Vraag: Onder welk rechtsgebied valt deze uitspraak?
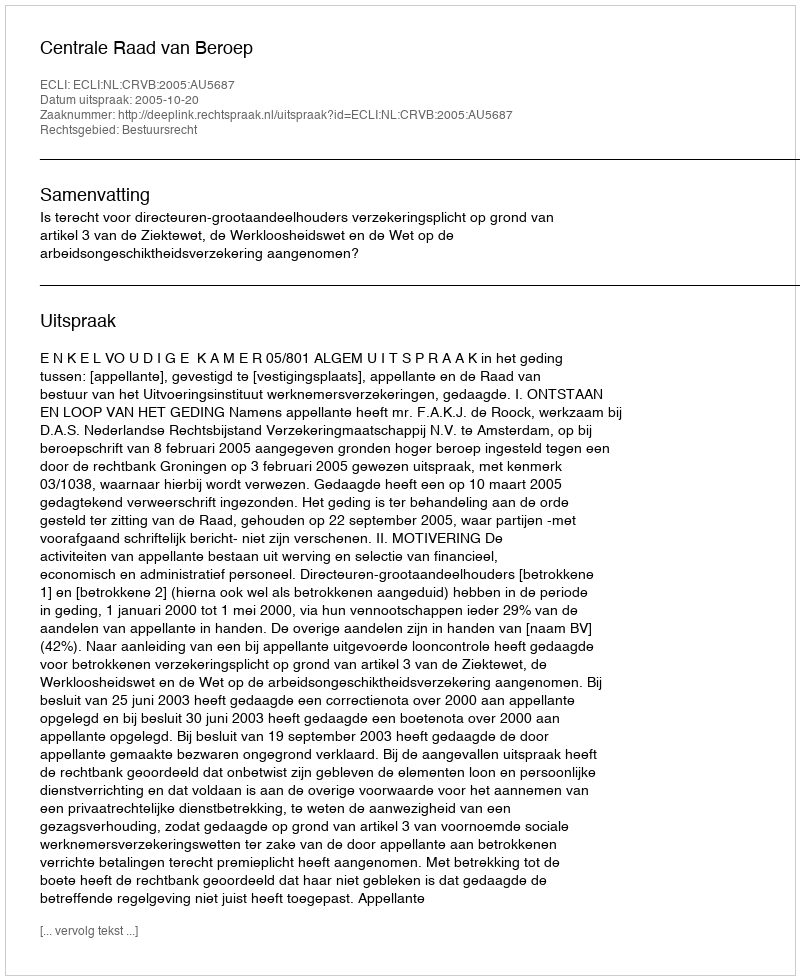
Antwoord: Bestuursrecht